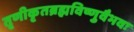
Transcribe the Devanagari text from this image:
तृणीकृतब्रह्मविष्णुवैभवः